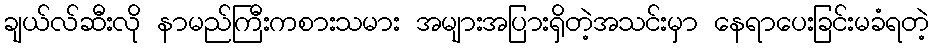
ချယ်လ်ဆီးလို နာမည်ကြီးကစားသမား အများအပြားရှိတဲ့အသင်းမှာ နေရာပေးခြင်းမခံရတဲ့